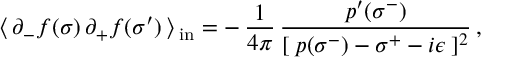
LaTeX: \langle \, \partial _ { - } f ( \sigma ) \, \partial _ { + } f ( \sigma ^ { \prime } ) \, \rangle \, _ { \mathrm { { i n } } } = - \, \frac { 1 } { 4 \pi } \, \frac { p ^ { \prime } ( \sigma ^ { - } ) } { [ \: p ( \sigma ^ { - } ) - \sigma ^ { + } - i \epsilon \: ] ^ { 2 } } \, ,